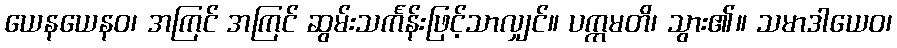
ယေနယေနဝ၊ အကြင် အကြင် ဆွမ်းသင်္ကန်းဖြင့်သာလျှင်။ ပက္ကမတိ၊ သွား၏။ သမာဒါယေဝ၊